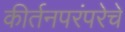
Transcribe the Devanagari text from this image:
कीर्तनपरंपरेचे